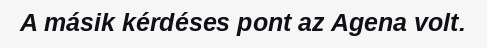
A másik kérdéses pont az Agena volt.